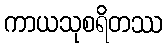
ကာယသုစရိတဿ